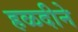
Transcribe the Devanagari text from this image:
हळदीने